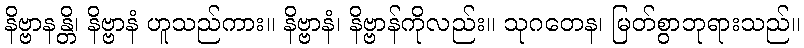
နိဗ္ဗာနန္တိ၊ နိဗ္ဗာနံ ဟူသည်ကား။ နိဗ္ဗာနံ၊ နိဗ္ဗာန်ကိုလည်း။ သုဂတေန၊ မြတ်စွာဘုရားသည်။